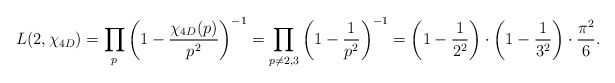
\begin{align*}L(2,\chi_{4D}) = \prod_p \left(1 - \frac{\chi_{4D}(p)}{p^2}\right)^{-1} = \prod_{p \neq 2, 3} \left(1 - \frac{1}{p^2}\right)^{-1} = \left(1 - \frac{1}{2^2}\right)\cdot \left(1 - \frac{1}{3^2}\right)\cdot \frac{\pi^2}{6}.\end{align*}